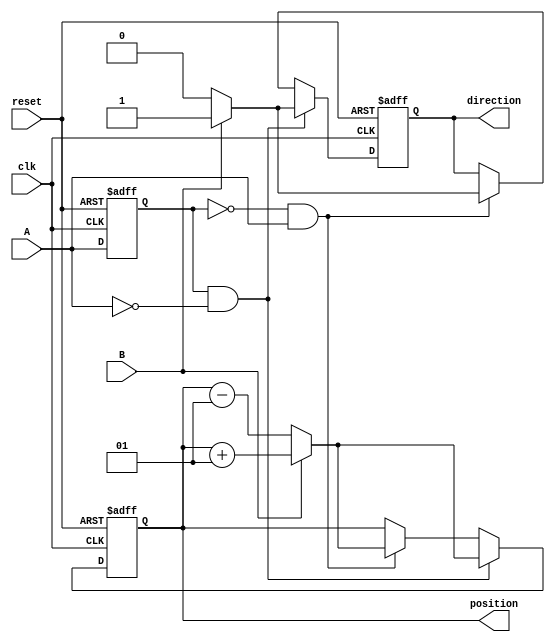
module rotary_encoder (
    input wire clk,          // Clock signal
    input wire A,           // Quadrature output A
    input wire B,           // Quadrature output B
    input wire reset,       // Asynchronous reset
    output reg signed [31:0] position, // Current position
    output reg direction     // Direction of rotation (1 = clockwise, 0 = counterclockwise)
);

    // State variables to hold the previous state of A and B
    reg A_prev;
    reg B_prev;

    // Asynchronous reset and position counting
    always @(posedge clk or posedge reset) begin
        if (reset) begin
            position <= 0;      // Reset position to zero
            direction <= 0;     // Reset direction
            A_prev <= 0;        // Initialize previous A state
            B_prev <= 0;        // Initialize previous B state
        end else begin
            // Capture the previous state of A and B
            A_prev <= A;
            B_prev <= B;

            // Detect rising edges of A
            if (A_prev == 0 && A == 1) begin
                if (B == 1) begin
                    position <= position + 1; // Clockwise
                    direction <= 1;
                end else begin
                    position <= position - 1; // Counterclockwise
                    direction <= 0;
                end
            end
            
            // Detect falling edges of A
            if (A_prev == 1 && A == 0) begin
                if (B == 1) begin
                    position <= position + 1; // Clockwise
                    direction <= 1;
                end else begin
                    position <= position - 1; // Counterclockwise
                    direction <= 0;
                end
            end
        end
    end

endmodule